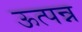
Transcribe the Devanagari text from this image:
ऊत्पन्न